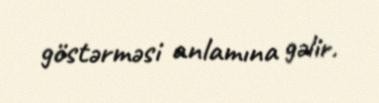
göstərməsi anlamına gəlir.